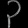
Digit: ၃